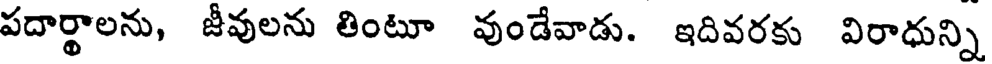
పదార్థాలను, జీవులను తింటూ వుండేవాడు. ఇదివరకు విరాధున్ని